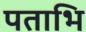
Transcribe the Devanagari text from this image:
पताभि